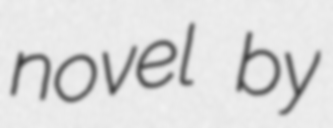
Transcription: novel by